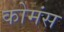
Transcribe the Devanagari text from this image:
कोमंस